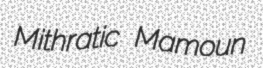
Mithratic Mamoun